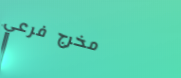
مخرج فرعي